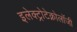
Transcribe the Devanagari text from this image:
इलेक्ट्रोटेक्नोलॉजी